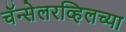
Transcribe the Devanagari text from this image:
चॅन्सेलरव्हिलच्या